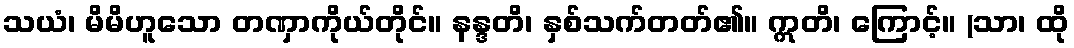
သယံ၊ မိမိဟူသော တဏှာကိုယ်တိုင်။ နန္ဒတိ၊ နှစ်သက်တတ်၏။ ဣတိ၊ ကြောင့်။ (သာ၊ ထို